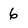
Character: 6